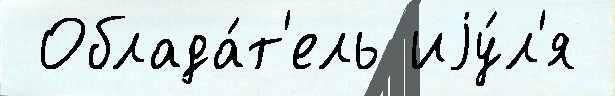
 Облада́т'ель иjу́л'я